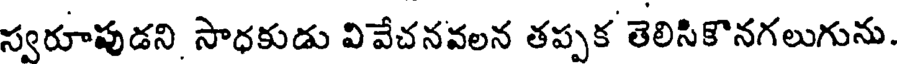
స్వరూపుడని సాధకుడు వివేచనవలన తప్పక తెలిసికొనగలుగును.